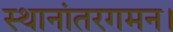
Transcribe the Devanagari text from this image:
स्थानांतरगमन।